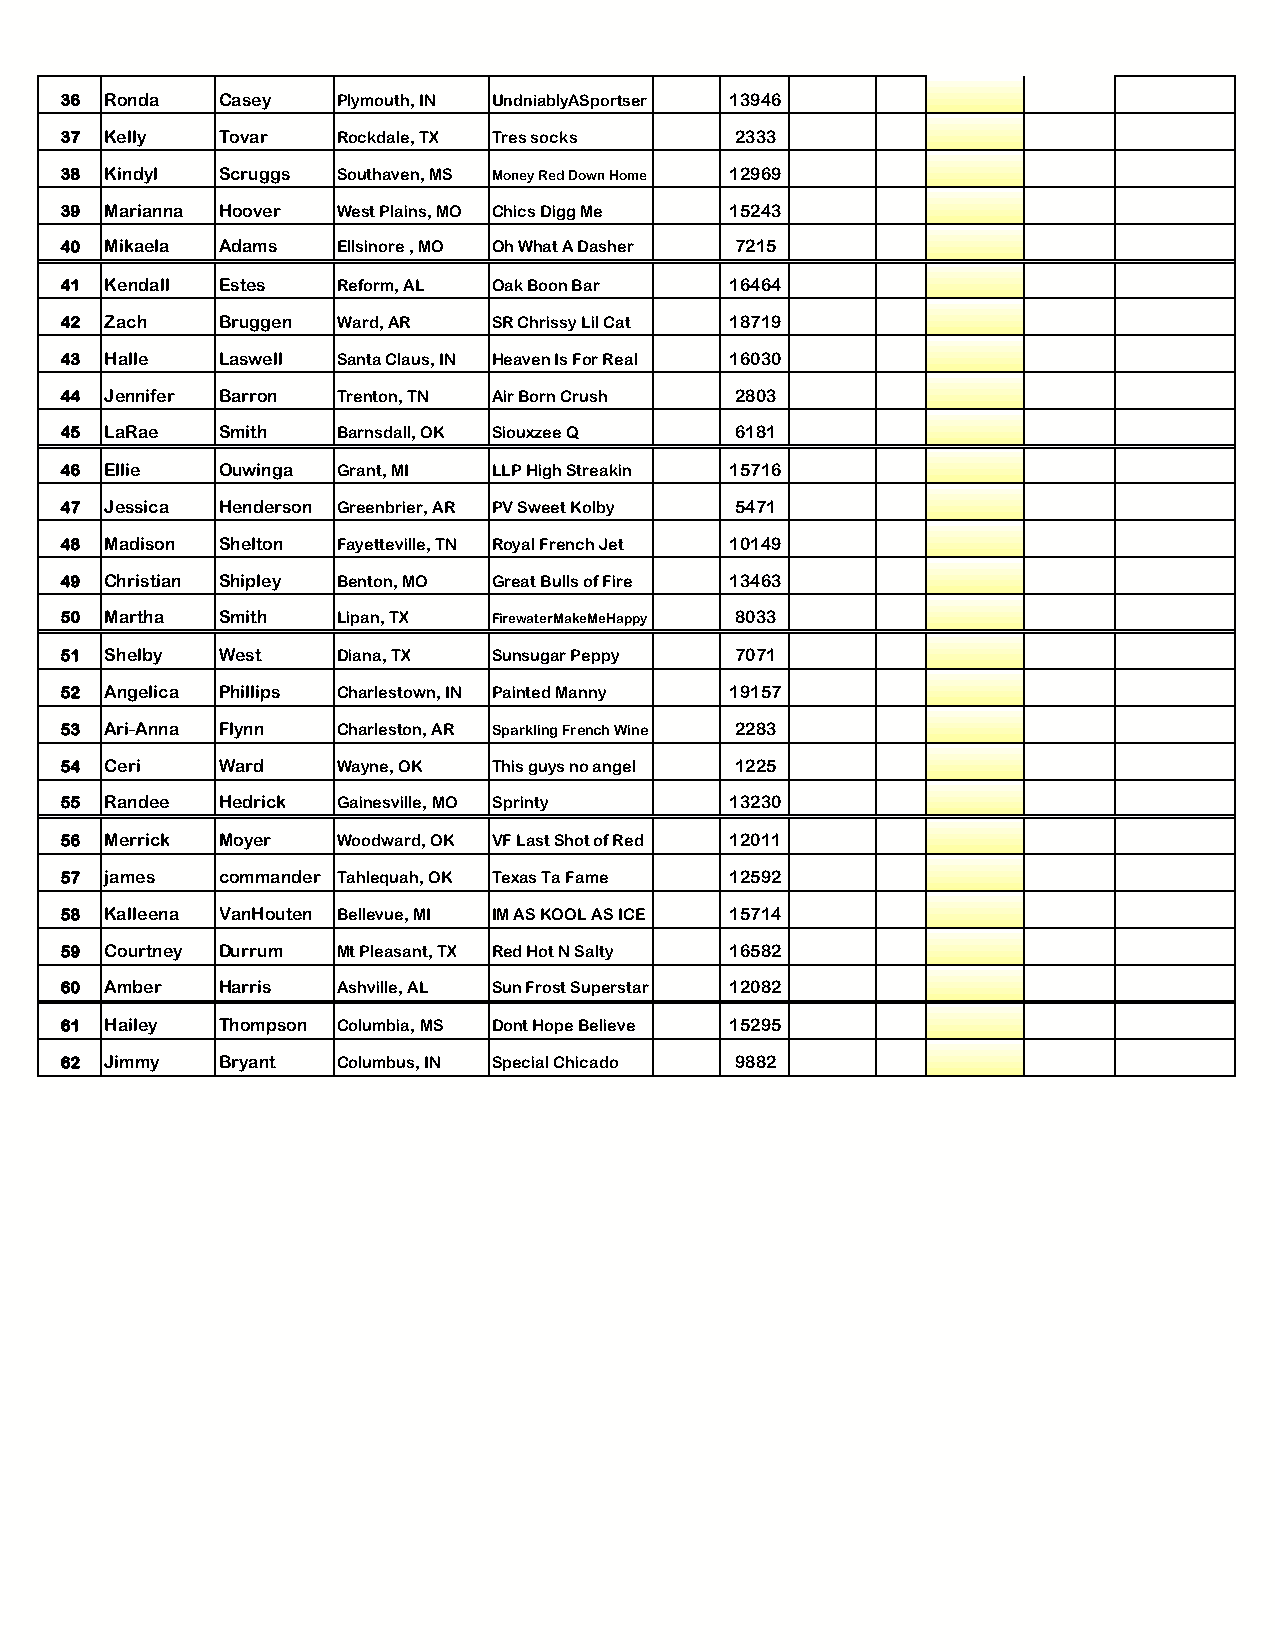
36 Ronda  Casey   Plymouth, IN UndniablyASportser 13946
 37 Kelly  Tovar   Rockdale, TX Tres socks    2333
 38 Kindyl Scruggs Southaven, MS Money Red Down Home 12969
 39 Marianna Hoover West Plains, MO Chics Digg Me 15243
 40 Mikaela Adams  Ellsinore , MO Oh What A Dasher 7215
 41 Kendall Estes  Reform, AL Oak Boon Bar   16464
 42 Zach   Bruggen Ward, AR   SR Chrissy Lil Cat 18719
 43 Halle  Laswell Santa Claus, IN Heaven Is For Real 16030
 44 Jennifer Barron Trenton, TN Air Born Crush 2803
 45 LaRae  Smith   Barnsdall, OK Siouxzee Q   6181
 46 Ellie  Ouwinga Grant, MI  LLP High Streakin 15716
 47 Jessica Henderson Greenbrier, AR PV Sweet Kolby 5471
 48 Madison Shelton Fayetteville, TN Royal French Jet 10149
 49 Christian Shipley Benton, MO Great Bulls of Fire 13463
 50 Martha Smith   Lipan, TX  FirewaterMakeMeHappy 8033
 51 Shelby West    Diana, TX  Sunsugar Peppy  7071
 52 Angelica Phillips Charlestown, IN Painted Manny 19157
 53 Ari-Anna Flynn Charleston, AR Sparkling French Wine 2283
 54 Ceri   Ward    Wayne, OK  This guys no angel 1225
 55 Randee Hedrick Gainesville, MO Sprinty   13230
 56 Merrick Moyer  Woodward, OK VF Last Shot of Red 12011
 57 james  commander Tahlequah, OK Texas Ta Fame 12592
 58 Kalleena VanHouten Bellevue, MI IM AS KOOL AS ICE 15714
 59 Courtney Durrum Mt Pleasant, TX Red Hot N Salty 16582
 60 Amber  Harris  Ashville, AL Sun Frost Superstar 12082
 61 Hailey Thompson Columbia, MS Dont Hope Believe 15295
 62 Jimmy  Bryant  Columbus, IN Special Chicado 9882